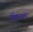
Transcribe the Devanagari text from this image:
पिद्यलकर